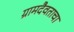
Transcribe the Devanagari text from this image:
ग्रामदैवताचा